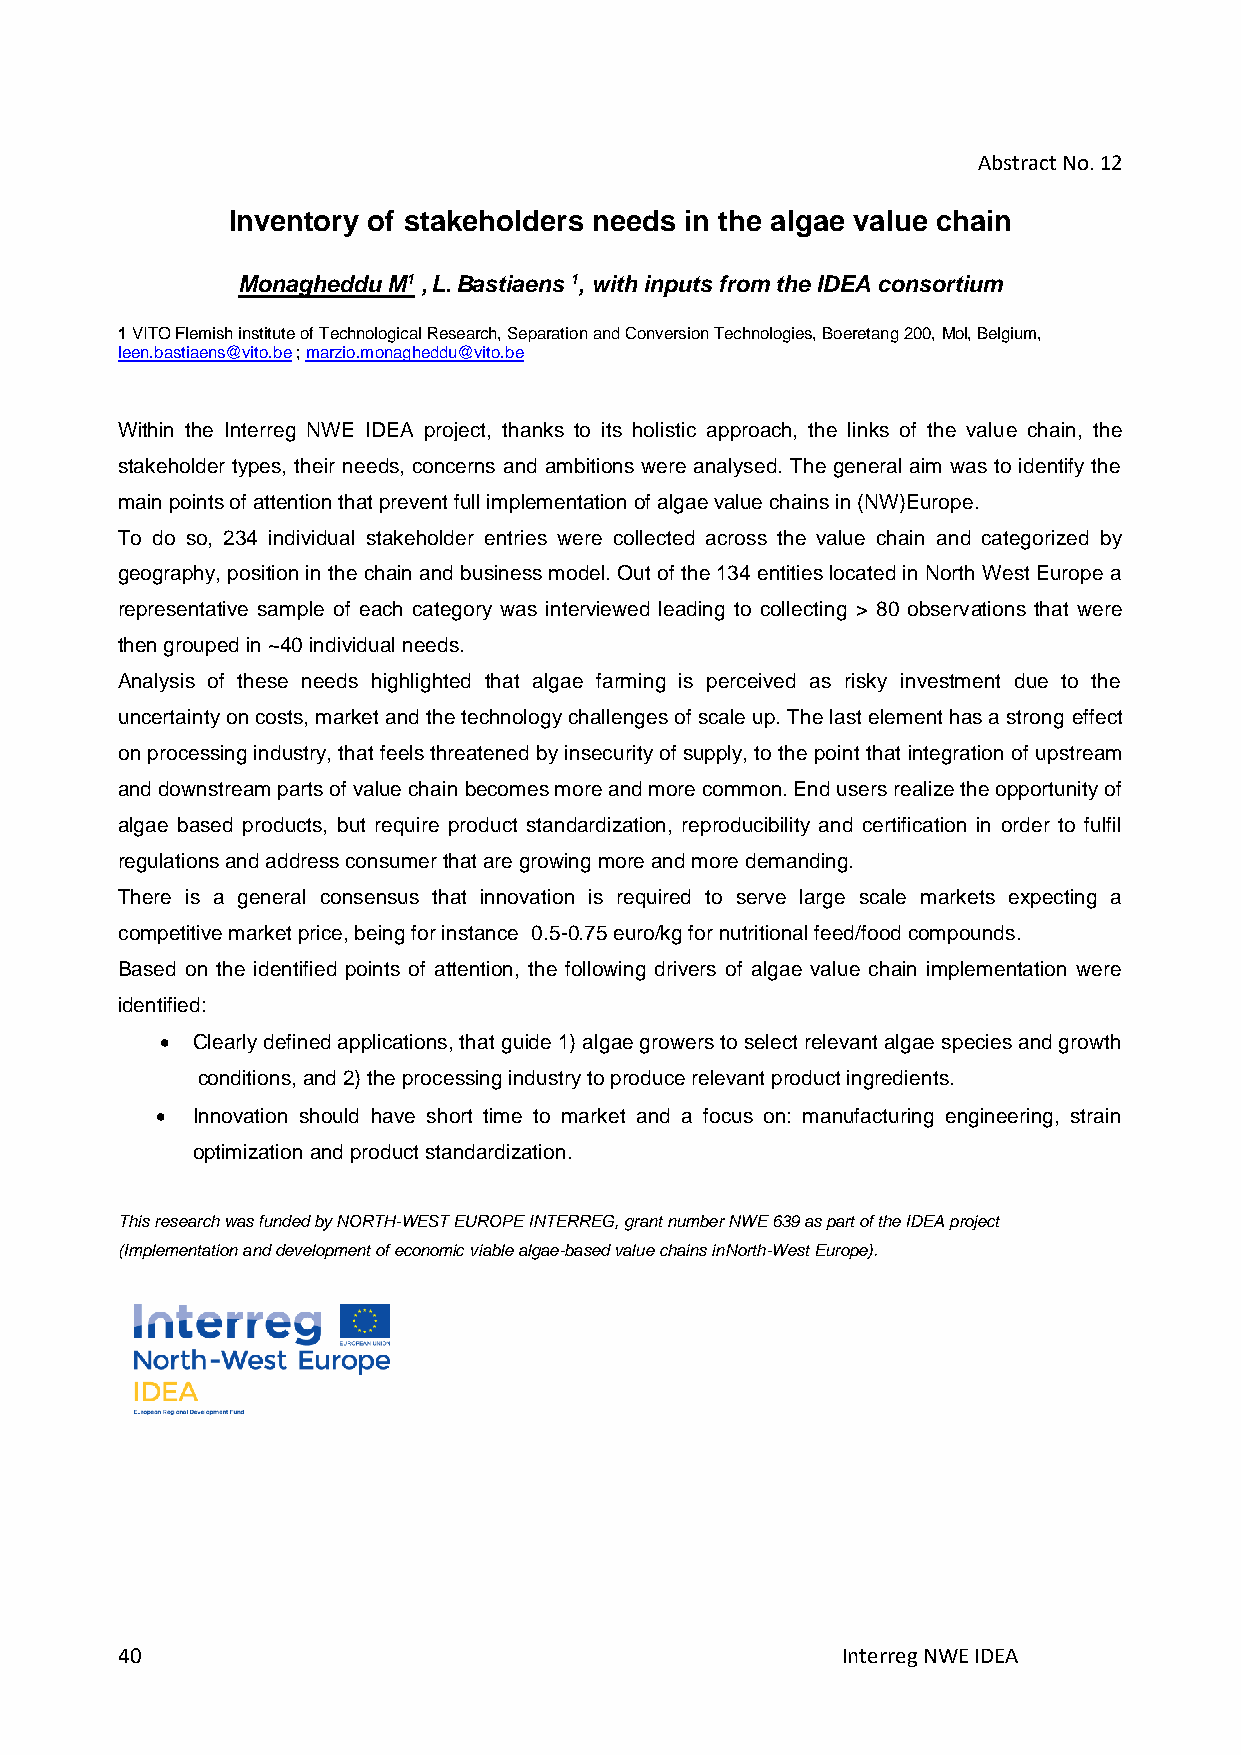
Abstract No. 12
 Inventory of stakeholders needs in the algae value chain
 Monagheddu M1 , L. Bastiaens 1, with inputs from the IDEA consortium
 1 VITO Flemish institute of Technological Research, Separation and Conversion Technologies, Boeretang 200, Mol, Belgium,
 leen.bastiaens@vito.be ; marzio.monagheddu@vito.be
 Within the Interreg NWE IDEA project, thanks to its holistic approach, the links of the value chain, the
 stakeholder types, their needs, concerns and ambitions were analysed. The general aim was to identify the
 main points of attention that prevent full implementation of algae value chains in (NW)Europe.
 To do so, 234 individual stakeholder entries were collected across the value chain and categorized by
 geography, position in the chain and business model. Out of the 134 entities located in North West Europe a
 representative sample of each category was interviewed leading to collecting > 80 observations that were
 then grouped in ~40 individual needs.
 Analysis of these needs highlighted that algae farming is perceived as risky investment due to the
 uncertainty on costs, market and the technology challenges of scale up. The last element has a strong effect
 on processing industry, that feels threatened by insecurity of supply, to the point that integration of upstream
 and downstream parts of value chain becomes more and more common. End users realize the opportunity of
 algae based products, but require product standardization, reproducibility and certification in order to fulfil
 regulations and address consumer that are growing more and more demanding.
 There is a general consensus that innovation is required to serve large scale markets expecting a
 competitive market price, being for instance 0.5-0.75 euro/kg for nutritional feed/food compounds.
 Based on the identified points of attention, the following drivers of algae value chain implementation were
 identified:
 • Clearly defined applications, that guide 1) algae growers to select relevant algae species and growth
 conditions, and 2) the processing industry to produce relevant product ingredients.
 •  Innovation should have short time to market and a focus on: manufacturing engineering, strain
 optimization and product standardization.
 This research was funded by NORTH-WEST EUROPE INTERREG, grant number NWE 639 as part of the IDEA project
 (Implementation and development of economic viable algae-based value chains inNorth-West Europe).
 40                                              Interreg NWE IDEA